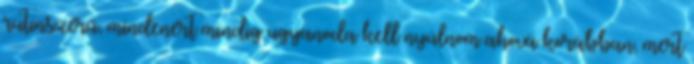
rutinszerű, mindenért mindig ugyanoda kell nyúlnom ahová korábban, mert